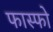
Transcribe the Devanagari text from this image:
फास्‍फो